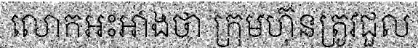
លោកអះអាងថា ក្រុមហ៊ុនត្រូវជួល